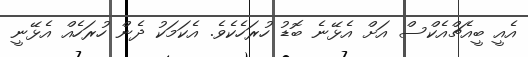
އެއީ ބީއެޗްއެކްސް އަށް އެޅޭނެ ބޮޑު ހުރަހެކެވެ. އެކަމަކު ދެން ހުރަހެއް އެޅޭނީ